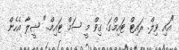
"އައި ވިލް. ރައިޓް ޓައިމްގަ. ގިވް މީ ސަމް ޓައިމް.." ޝީލާ އެހެން